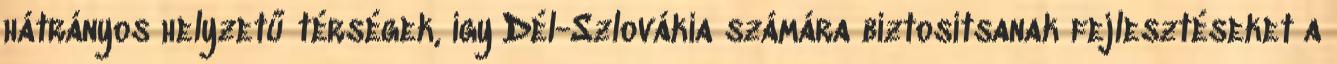
hátrányos helyzetű térségek, így Dél-Szlovákia számára biztosítsanak fejlesztéseket a